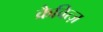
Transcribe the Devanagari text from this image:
क्रैवित्ज़